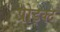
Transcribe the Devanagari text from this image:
प्रोड्क्ट